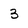
Character: 3